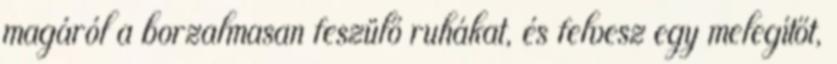
magáról a borzalmasan feszülő ruhákat, és felvesz egy melegítőt,